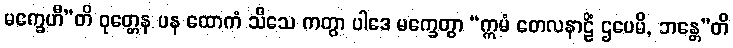
မက္ခေဟီ”တိ ဝုတ္တေန ပန ထောကံ သီသေ ကတွာ ပါဒေ မက္ခေတွာ “ဣမံ တေလနာဠိံ ဌပေမိ, ဘန္တေ”တိ